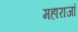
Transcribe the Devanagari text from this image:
महाराजां